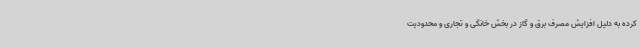
کرده به دلیل افزایش مصرف برق و گاز در بخش خانگی و تجاری و محدودیت